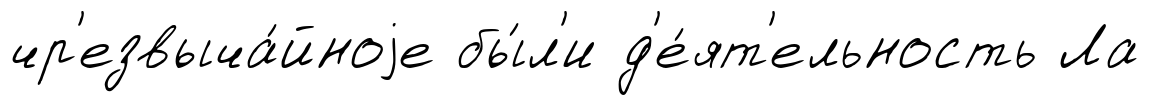
чр'езвыча́йноjе бы́л'и д'е́ят'ельность Ла